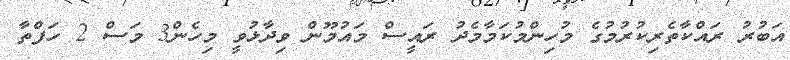
އަބުރު ރައްކާތެރިކުރުމުގެ މުހިންމުކަމާމެދު ރައީސް މައުމޫން ވިދާޅުވީ މިހެން3 މަސް 2 ހަފްތާ